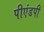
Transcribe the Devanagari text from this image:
पीएंडपी